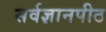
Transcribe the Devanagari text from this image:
सर्वज्ञानपीठ